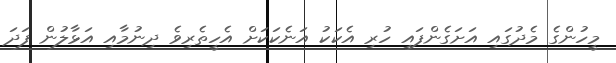
މީހުންގެ މެދުގައި އަށަގެންފައި ހުރި އެކަކު އަނެކަކަށް އެހީތެރިވެ ދިނުމާއި އަޅާލުން ފަދަ